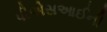
પીએસઆઈની